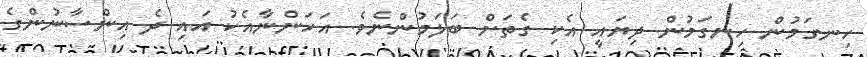
ހިނގަމުން ހިނގަމުން ދިޔައީ އެކި ގެތަށް ބަލަމުންނެވެ. އަހަންނާއެކު އައި ދެ އިންސާނުންގެ